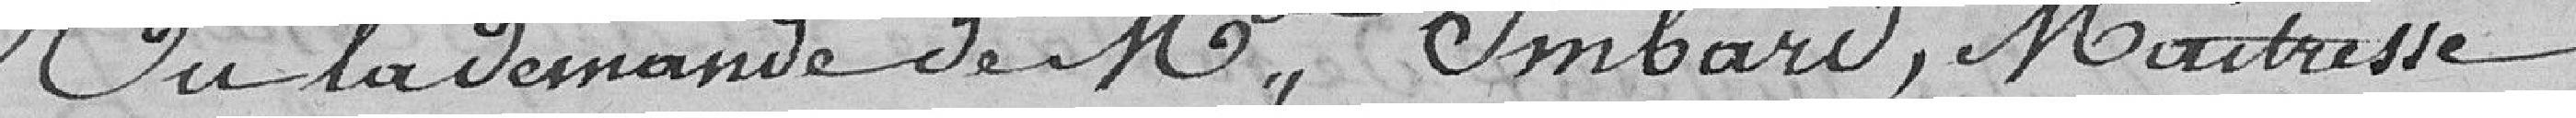
vu la demande de Madame Imbard, maîtresse